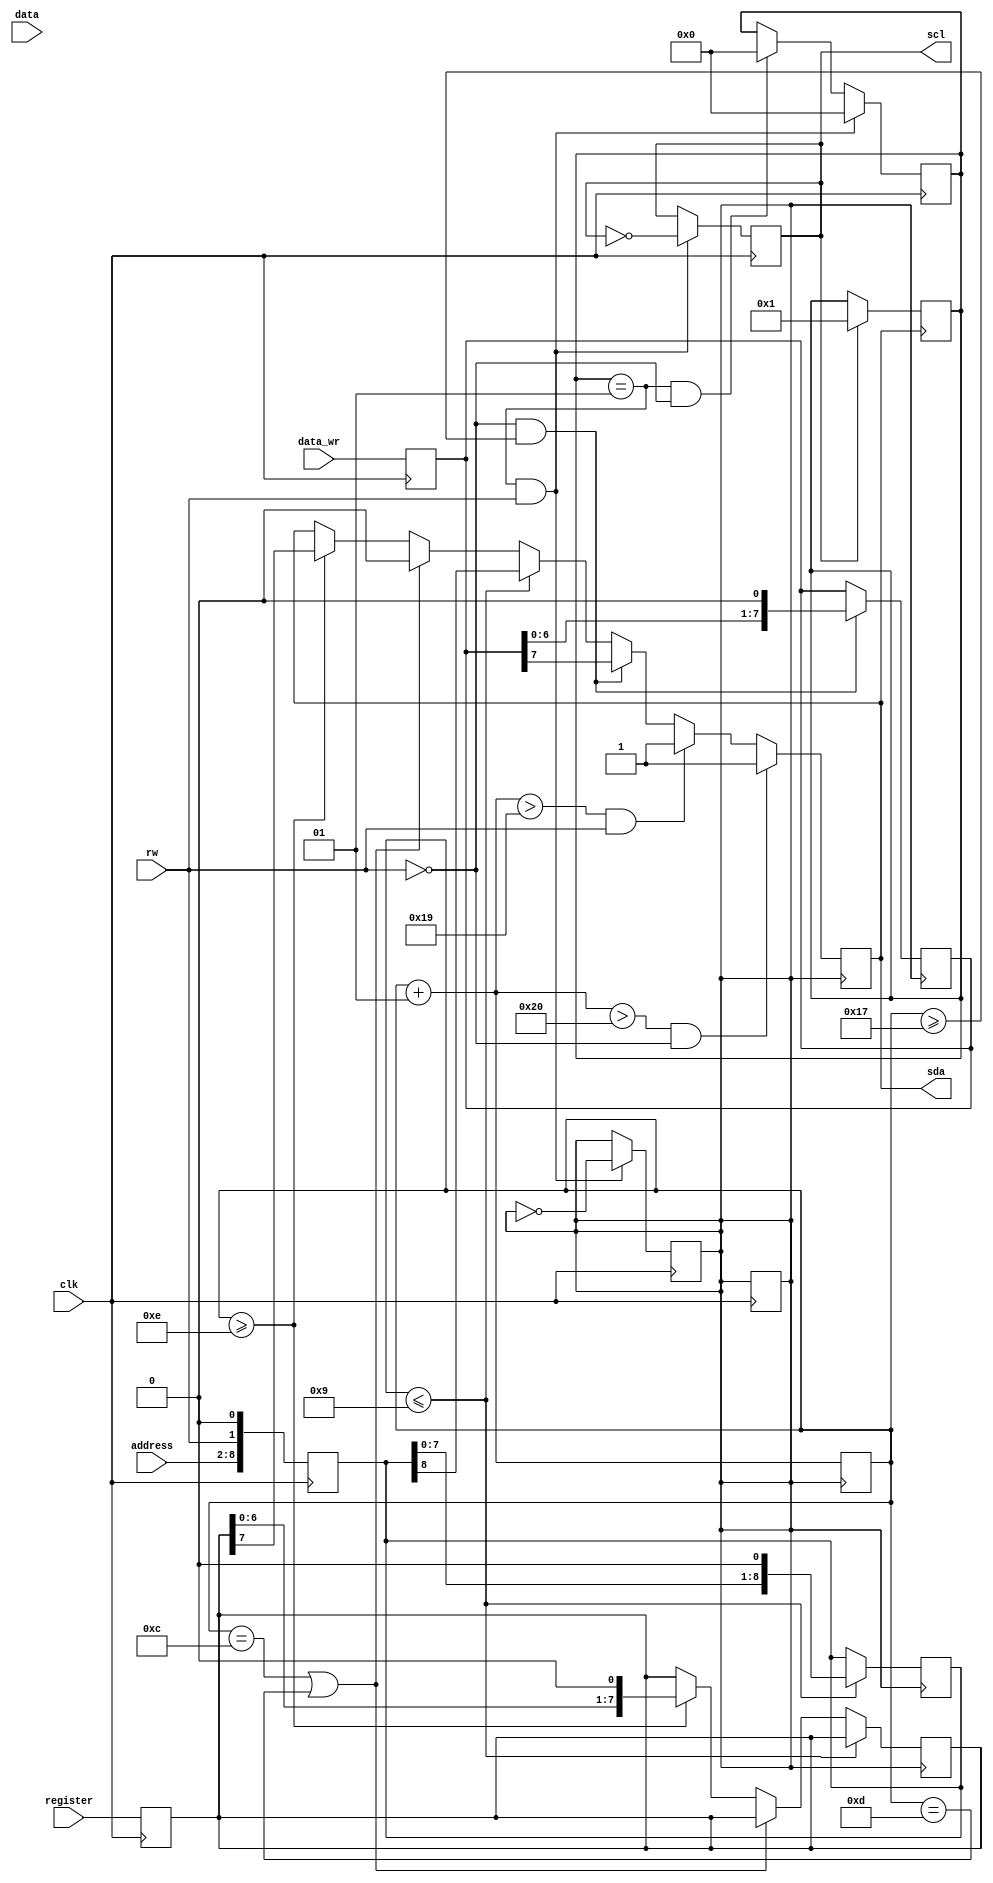
`timescale 1ns / 1ps
//////////////////////////////////////////////////////////////////////////////////
// Company: 
// Engineer: 
// 
// Design Name: 
// Module Name: i2c
// Project Name: 
// Target Devices: 
// Tool Versions: 
// Description: 
// 
// Dependencies: 
// 
// Revision:
// Revision 0.01 - File Created
// Additional Comments:
// 
//////////////////////////////////////////////////////////////////////////////////


module master(data,address,clk,rw,sda,scl,register,data_wr);
output reg sda;
input [7:0] data;
input [7:0] data_wr;
reg [7:0]data_wr_dup;
input clk;
input rw;
output reg scl;
input [6:0] address;
input [7:0] register;
reg [8:0] temp;
reg [7:0] register2;
reg pstate;
reg scl2x;
reg ack;
reg a;
integer i;
integer n;
initial begin
i = 0;
n = 0;
scl2x = 0;
ack = 1'b1;
sda = 1;
scl = 1;
#5 sda = 0;  //START BIT condition starts here
end

always @(negedge sda)
if(scl==1)
n=1;
always @(posedge clk)begin
ack = 0;
temp = {address,rw,ack};
register2 = register;
data_wr_dup = data_wr;
if(n==1 && rw==1)
repeat(50)begin
#2 scl <= !scl;n=0;
#1 scl2x <= !scl2x;n=0;
end
else if(n==1 && rw==0)
repeat(64) begin
#2 scl = !scl;
#1 scl2x = !scl2x;n=0;
end
end
always @(posedge clk)begin
if(i==25 && rw==1)
repeat(2)
#1 scl2x = !scl2x;
else if(i==32 && rw==0)
repeat(2)
#1 scl2x = !scl2x;end
always @(posedge scl2x)begin
if(i<=9)begin
sda = temp[8];
temp = temp<<1;
end
else if(i==12 || i==13)
sda = 1'b0;
else if(i>=14)begin
sda = register2[7];
register2 = register2<<1;
end
if(rw==0 && i>=23)begin
sda = data_wr_dup[7];
data_wr_dup = data_wr_dup<<1;
end
i = i + 1;
if(i>32 && rw ==0)
sda= 1;
else if(i>25 && rw==1)
sda = 1;
end
slave slv(data,sda,scl);
endmodule

module slave(out,sda,scl);
input sda;
input scl;
output reg [7:0]out;
integer j = 0;
reg [6:0]temp;
reg [7:0]add;
reg rw;
reg [7:0]register_address;
reg bitin;
reg [7:0]storage[0:38];
initial
storage[37]=16;
parameter address = 7'b1101001;
always @(posedge scl)begin
//if({sda,scl}==2'b01)begin
bitin = sda;
if(j<8)
temp = {temp,bitin};
if(j==8)
            if(bitin==0)
                        rw = 0;
            else
                        rw = 1;
j = j +1 ;
if(temp==address && (j>15 && j<24) && rw==1)begin
            add = {add,bitin};
end
if(temp==address && rw == 0 && j>15 && j!=24 && j<33)begin
            add = {add,bitin};
end
else if(j==24)
            register_address = add;
if(j==33 && rw==0)
storage[register_address]=add;
out = storage[add];
end
endmodule